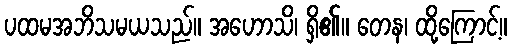
ပထမအဘိသမယသည်။ အဟောသိ၊ ရှိ၏။ တေန၊ ထို့ကြောင့်။